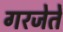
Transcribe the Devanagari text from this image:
गरजेते